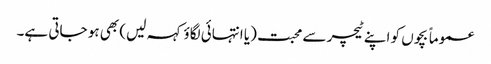
عموماً بچوں کو اپنے ٹیچر سے محبت (یا انتہائی لگاؤ کہہ لیں) بھی ہو جاتی ہے۔